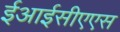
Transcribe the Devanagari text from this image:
ईआईसीएएस